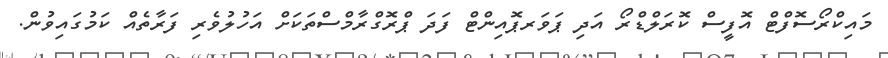
މައިކްރޯސޮފްޓް އޮފީސް ކޮރަލްޑްރޯ އަދި ޕަވަރޕޮއިންޓް ފަދަ ޕްރޮގްރާމްސްތަކަށް އަހުލުވެރި ފަރާތެއް ކަމުގައިވުން.